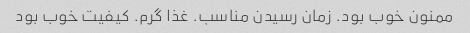
ممنون خوب بود. زمان رسیدن مناسب. غذا گرم. کیفیت خوب بود